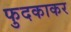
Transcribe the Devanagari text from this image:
फुदकाकर